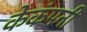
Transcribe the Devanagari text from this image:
केकंपनी